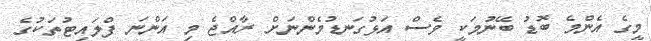
މީގެ އެންމެ ބޮޑު ބޭނުމަކީ ވެސް އަޅުގަނޑުމެންނަށް ރާއްޖެ މި އަންނަ ފްލައިޓުތަކުގެ